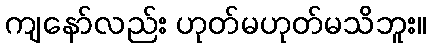
ကျနော်လည်း ဟုတ်မဟုတ်မသိဘူး။